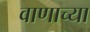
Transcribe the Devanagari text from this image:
वाणाच्या